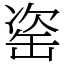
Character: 𦈱